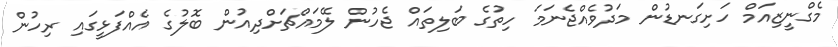
މެގްނީޒިއަމް ހަށިގަނޑުން މަދުވެއްޖެނަމަ ހިތުގެ ބަލިތައް ޖެހުން ލޭމައްޗަށްދިއުން ބޮލުގެ އެއްފަޅީގައި ރިހުން